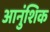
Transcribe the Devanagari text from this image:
आनुंशिक